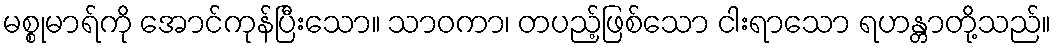
မစ္စုမာရ်ကို အောင်ကုန်ပြီးသော။ သာဝကာ၊ တပည့်ဖြစ်သော ငါးရာသော ရဟန္တာတို့သည်။